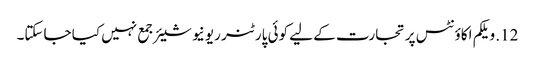
12. ویلکم اکاؤنٹس پر تجارت کے لیے کوئی پارٹنر ریونیو شیئر جمع نہیں کیا جاسکتا۔